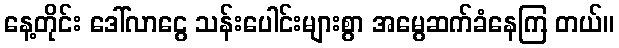
နေ့တိုင်း ဒေါ်လာငွေ သန်းပေါင်းများစွာ အမွေဆက်ခံနေကြ တယ်။